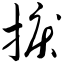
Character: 捩